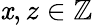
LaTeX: \mathit{x},z\in\mathbb{{Z}}